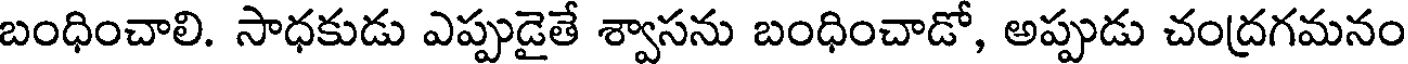
బంధించాలి. సాధకుడు ఎప్పుడైతే శ్వాసను బంధించాడో, అప్పుడు చంద్రగమనం